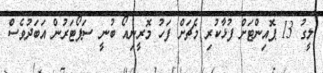
ލީގު 13 ޕޮއިންޓަށް ފުޅާކުރި މެޗަށް ފަހު މޮރީނިއޯ ބުނީ ސަޕޯޓަރުން އަބަދުވެސް